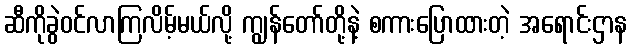
ဆီကိုခွဲဝင်လာကြလိမ့်မယ်လို့ ကျွန်တော်တို့နဲ့ စကားပြောထားတဲ့ အရောင်းဌာန